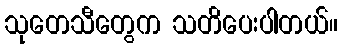
သုတေသီတွေက သတိပေးပါတယ်။